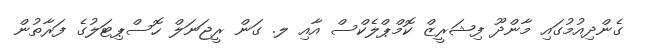
ގެންދިއުމުގައި މާންދޫ ފިޝަރީޒް ކޮމްޕްލެކްސް އާއި ލ. ގަން ރީޖަނަލް ހޮސްޕިޓަލުގެ ފަރާތުން